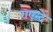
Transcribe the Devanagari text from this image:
राएन्दे